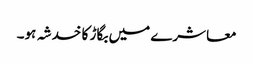
معاشرے میں بگاڑ کا خدشہ ہو۔